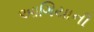
આગિયાની